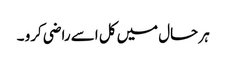
ہر حال میں کل اسے راضی کرو ۔